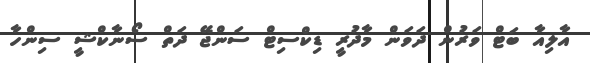
އާލިއާ ބަޓް ވަރުން ދަވަން މާދުރީ ޑިކްސިޓް ސަންޖޭ ދަތް ސޯނާކްޝީ ސިންހާ